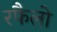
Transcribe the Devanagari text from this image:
रफैलो